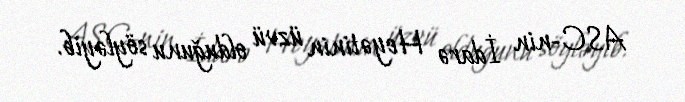
ASC-nin İdarə Heyətinin üzvü olduğunu söyləyib.